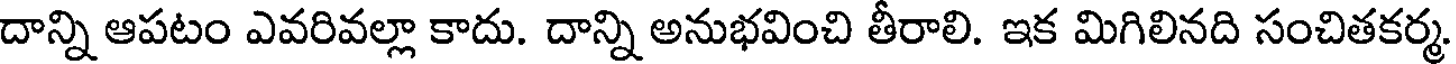
దాన్ని ఆపటం ఎవరివల్లా కాదు. దాన్ని అనుభవించి తీరాలి. ఇక మిగిలినది సంచితకర్మ